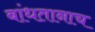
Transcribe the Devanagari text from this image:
बांधतानाच